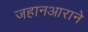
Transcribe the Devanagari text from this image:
जहानआराने